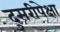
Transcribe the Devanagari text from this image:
दुसरीपेक्षा